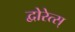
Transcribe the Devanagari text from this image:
द्वोरेत्स्